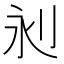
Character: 𣲈